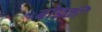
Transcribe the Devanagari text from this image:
बोडकी